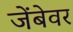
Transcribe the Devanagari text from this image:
जेंबेवर